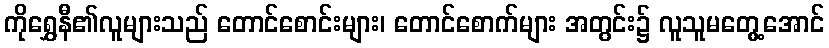
ကိုရွှေနီ၏လူများသည် တောင်စောင်းများ၊ တောင်စောက်များ အတွင်း၌ လူသူမတွေ့အောင်